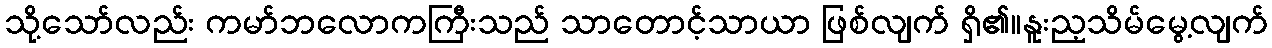
သို့သော်လည်း ကမာ်ဘလောကကြီးသည် သာတောင့်သာယာ ဖြစ်လျက် ရှိ၏။နူးည့သိမ်မွေ့လျက်